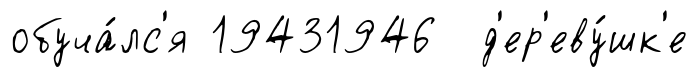
обуча́лс'я 19431946 д'ер'еву́шк'е